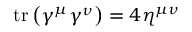
\operatorname { t r } \left( \gamma ^ { \mu } \gamma ^ { \nu } \right) = 4 \eta ^ { \mu \nu }